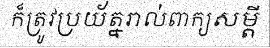
ក៏ត្រូវប្រយ័ត្នរាល់ពាក្យសម្តី